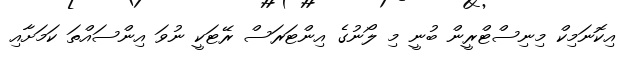
އިކޮނަމިކް މިނިސްޓްރީން ބުނީ މި ލޯނުގެ އިންޓަރަސް ރޭޓަކީ ނުވަ އިންސައްތަ ކަމަށާއި